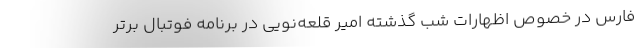
فارس در خصوص اظهارات شب گذشته امیر قلعه‌نویی در برنامه فوتبال برتر